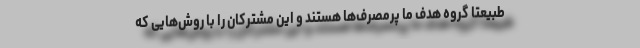
طبیعتا گروه هدف ما پرمصرف‌ها هستند و این مشترکان را با روش‌هایی که